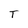
Character: T